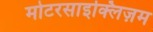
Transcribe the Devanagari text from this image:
मोटरसाइक्लिज़म